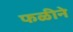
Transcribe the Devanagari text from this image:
फळीने